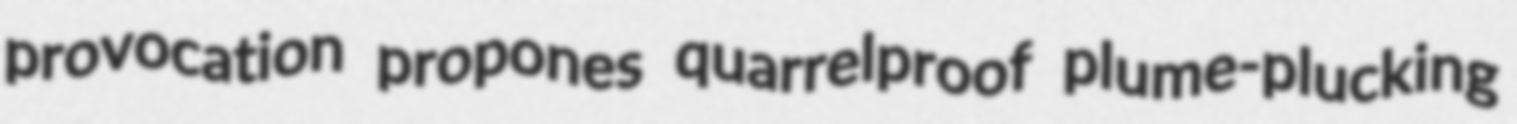
provocation propones quarrelproof plume-plucking